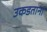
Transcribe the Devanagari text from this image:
उकडताना